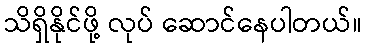
သိရှိနိုင်ဖို့ လုပ် ဆောင်နေပါတယ်။